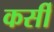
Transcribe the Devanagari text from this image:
कर्सी